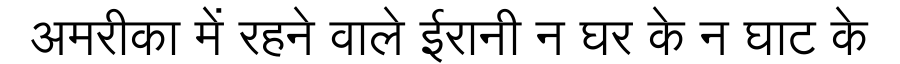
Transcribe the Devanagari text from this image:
अमरीका में रहने वाले ईरानी न घर के न घाट के